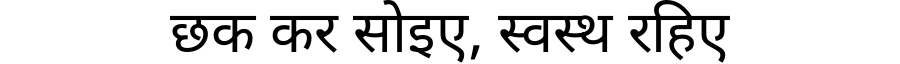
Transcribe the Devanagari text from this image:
छक कर सोइए, स्वस्थ रहिए